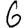
Digit: 6